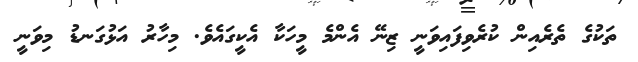
ތަކުގެ ތެރެއިން ކުރެވިފައިވަނީ ޒިނޭ އެންމެ މީހަކާ އެކީގައެވެ. މިހާރު އަޅުގަނޑު މިވަނީ